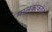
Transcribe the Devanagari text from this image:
मालकाकडेच